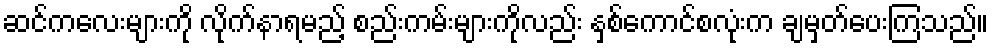
ဆင်ကလေးများကို လိုက်နာရမည့် စည်းကမ်းများကိုလည်း နှစ်ကောင်စလုံးက ချမှတ်ပေးကြသည်။